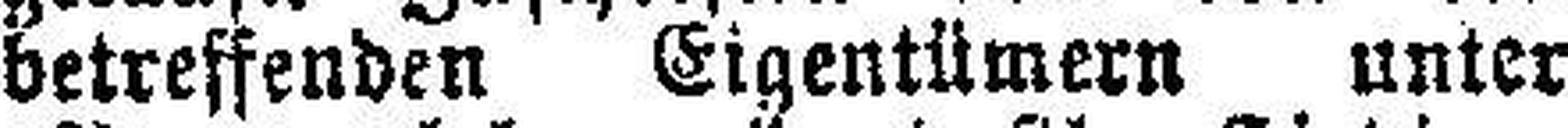
betreffenden Eigentümern unter